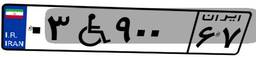
۰۳W۹۰۰۶۷